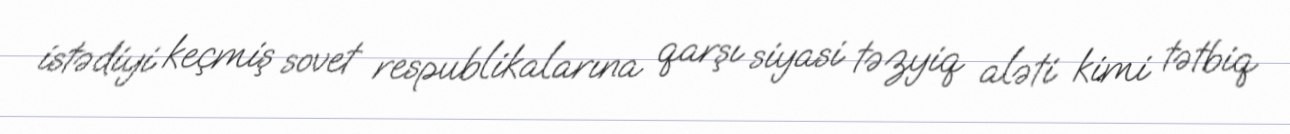
istədiyi keçmiş sovet respublikalarına qarşı siyasi təzyiq aləti kimi tətbiq